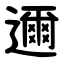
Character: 邇